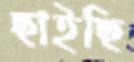
ছাইছি